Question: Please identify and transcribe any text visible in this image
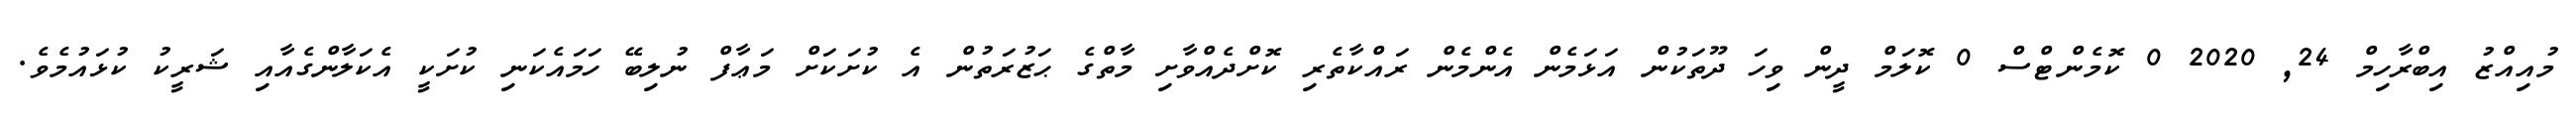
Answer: މުއިއްޒު އިބްރާހިމް 24, 2020 0 ކޮމެންޓްސް 0 ކޮލަމް ދީން ވިހަ ދޫތަކުން އަޅަމެން އެންމެން ރައްކާތެރި ކޮށްދެއްވާށި މާތްގެ ޙަޒުރަތުން އެ ކުށަކަށް މަޢާފް ނުލިބޭ ހަމައެކަނި ކުށަކީ އެކަލާންގެއާއި ޝަރީކު ކުޅައުމެވެ.